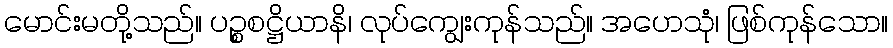
မောင်းမတို့သည်။ ပဉ္စစဋ္ဌိယာနိ၊ လုပ်ကျွေးကုန်သည်။ အဟေသုံ၊ ဖြစ်ကုန်သော။